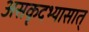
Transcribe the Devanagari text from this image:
असकृदभ्यासात्‌